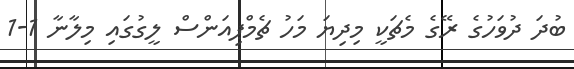
ބުދަ ދުވަހުގެ ރޭގެ މެޗަކީ މިދިޔަ މަހު ޗެމްޕިއަންސް ލީގުގައި މިލާނާ 1-1